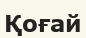
Қоғай